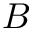
B